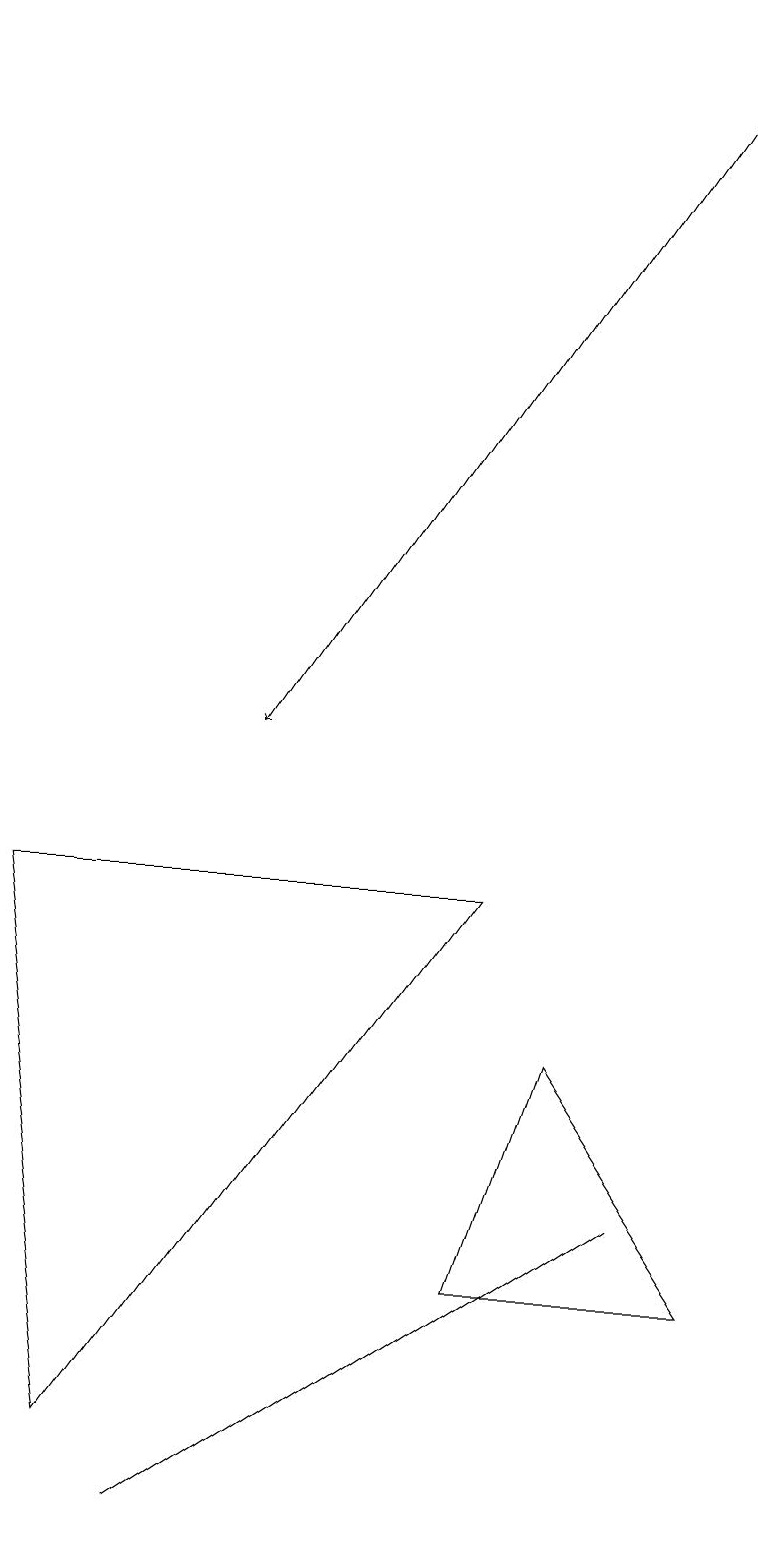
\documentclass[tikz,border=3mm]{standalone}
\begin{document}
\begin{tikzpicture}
\draw (0,8) -- (6,8) -- (1,1) -- cycle;
\draw[->] (9,19) -- (3,10);
\draw (5,2) -- (2,0) -- (8,4) -- cycle;
\draw (6,3) -- (7,6) -- (9,3) -- cycle;
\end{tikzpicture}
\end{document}